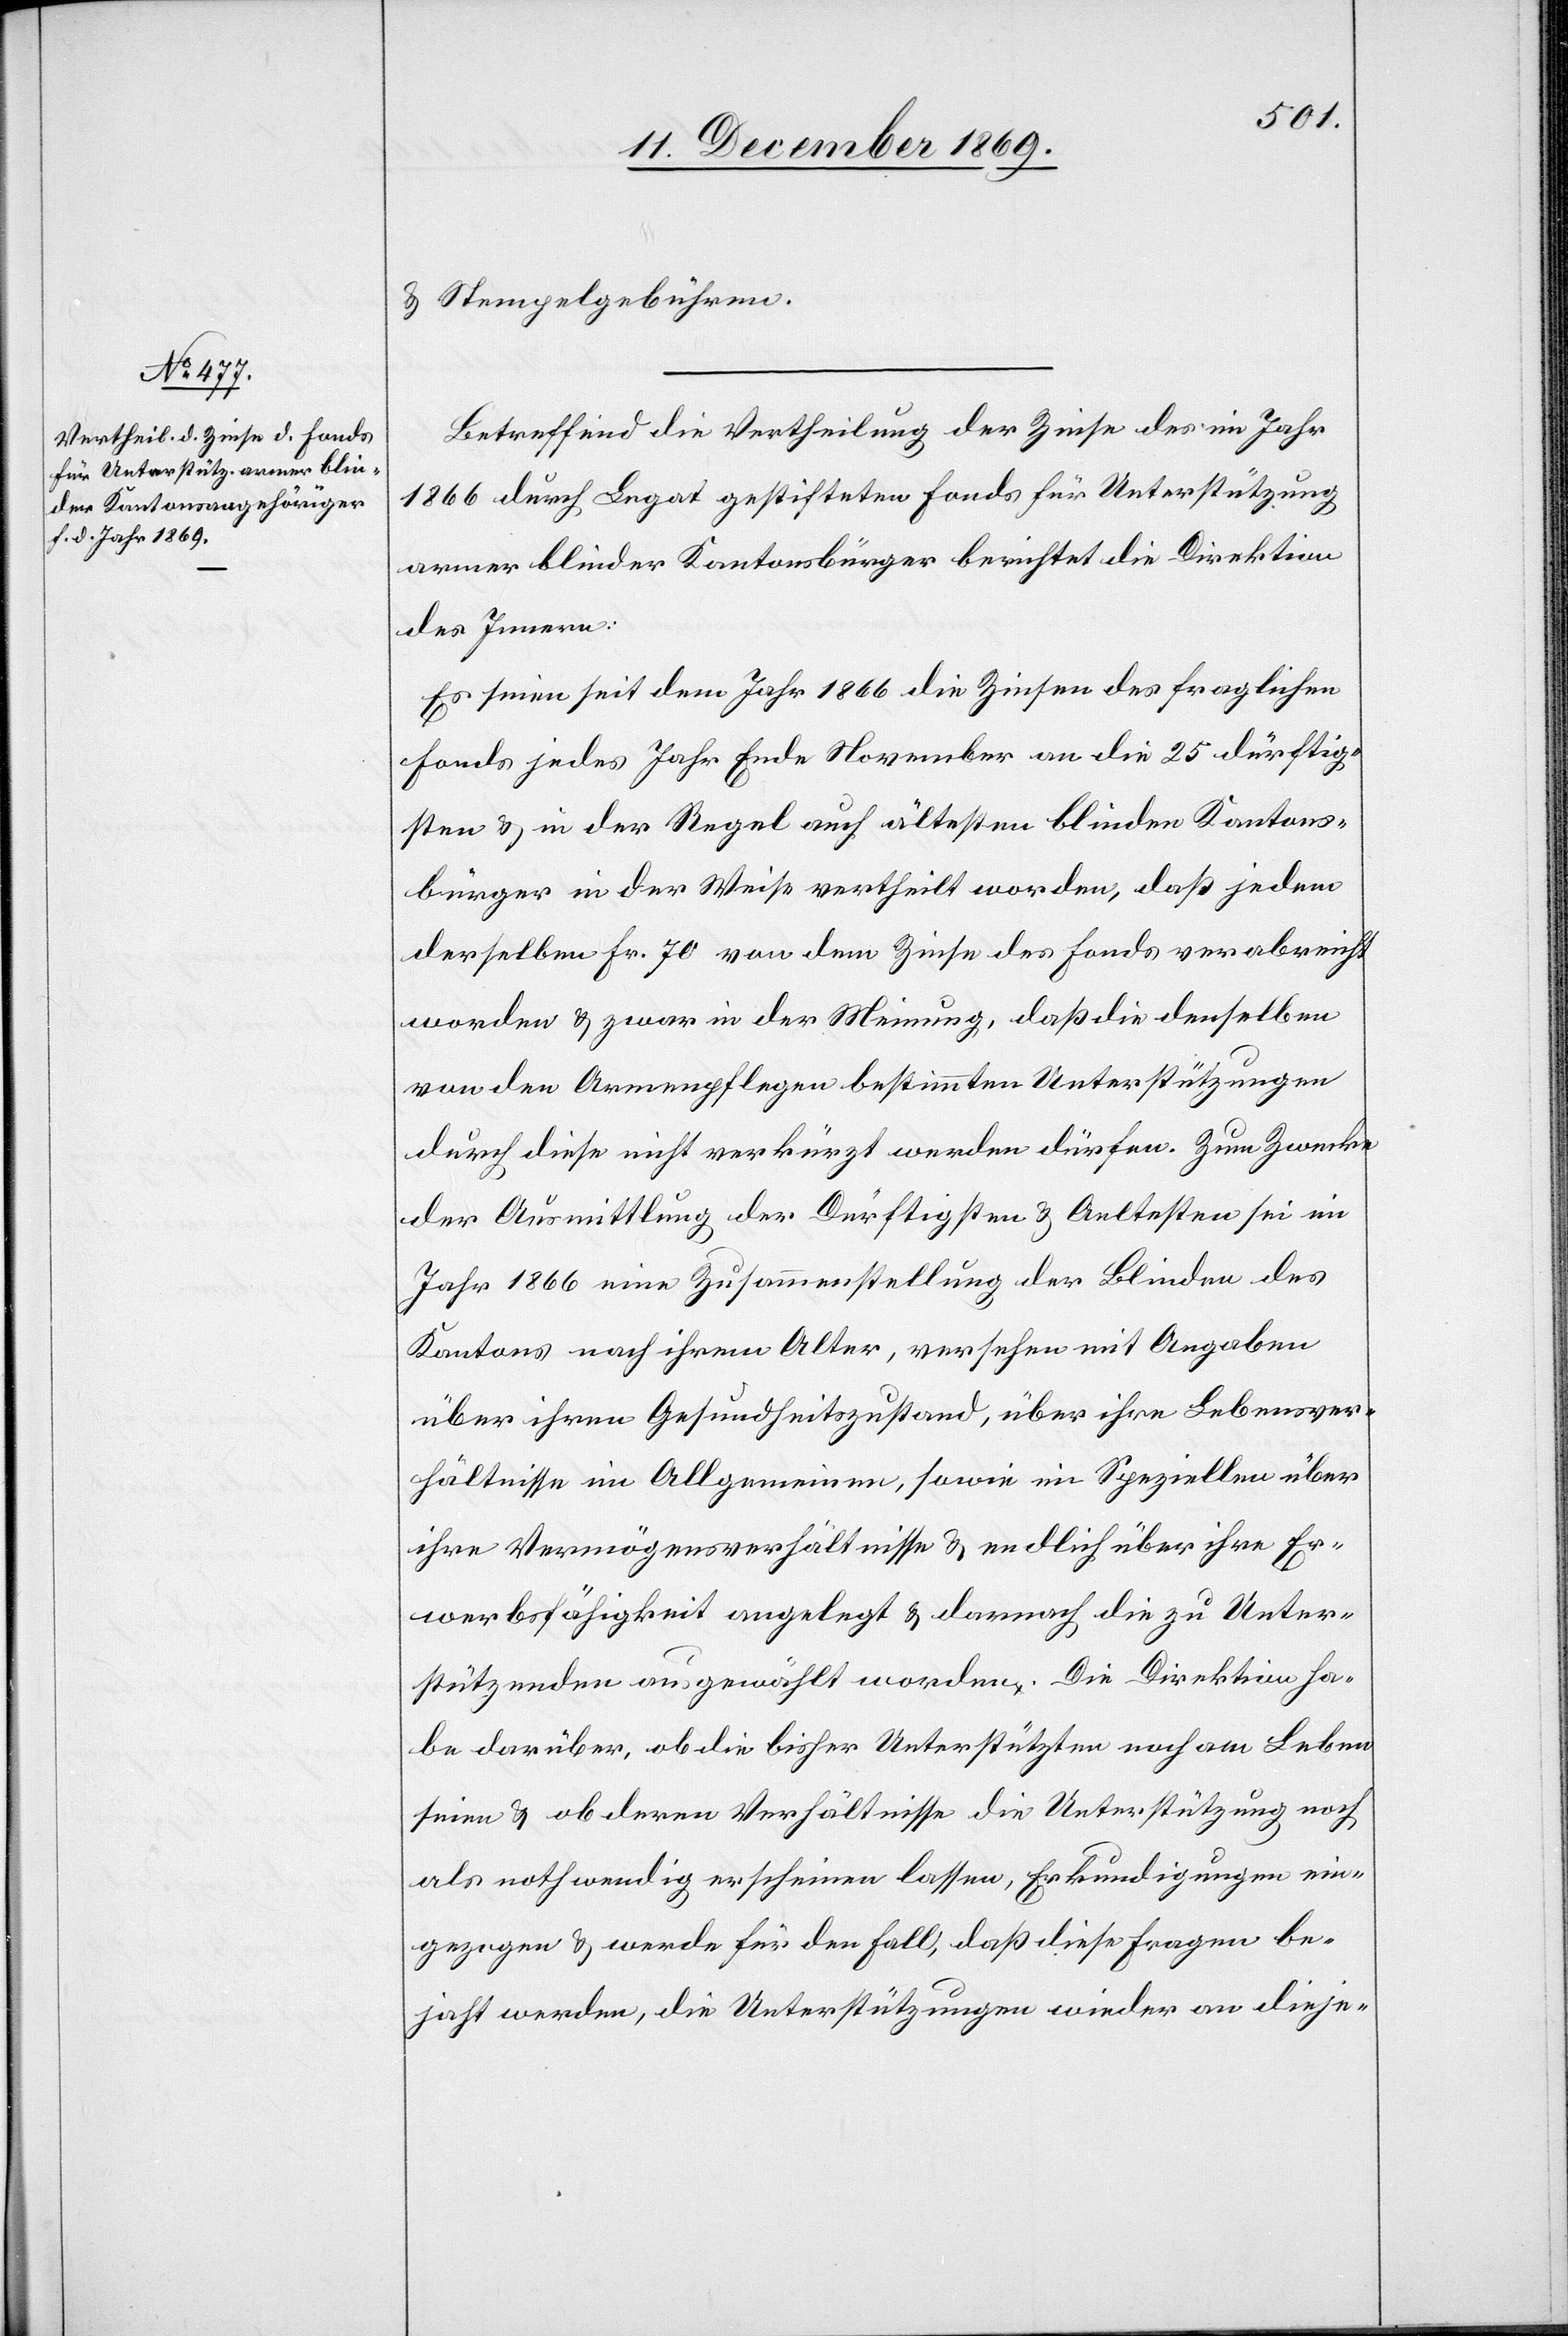
& Stempelgebühren.
Betreffend die Vertheilung der Zinse des im Jahr
1866 durch Legat gestifteten Fonds für Unterstützung
armer blinder Kantonsbürger berichtet die Direktion
des Innern:
Es seien seit dem Jahr 1866 die Zinsen des fraglichen
Fonds jedes Jahr Ende November an die 25 dürftig¬
sten & in der Regel auch ältesten blinden Kantons¬
bürger in der Weise vertheilt worden, daß jedem
derselben Fr. 70 von dem Zinse des Fonds verabreicht
worden & zwar in der Meinung, daß die denselben
von den Armenpflegen bestimmten Unterstützungen
durch diese nicht verkürzt werden dürfen. Zum Zwecke
der Ausmittlung der Dürftigsten & Aeltesten sei im
Jahr 1866 eine Zusammenstellung der Blinden des
Kantons nach ihrem Alter, versehen mit Angaben
über ihren Gesundheitszustand, über ihre Lebensver¬
hältnisse im Allgemeinen, sowie im Speziellen über
ihre Vermögensverhältnisse & endlich über ihre Er¬
werbsfähigkeit angelegt & darnach die zu Unter¬
stützenden ausgewählt worden. Die Direktion ha¬
be darüber, ob die bisher Unterstützten noch am Leben
seien & ob deren Verhältnisse die Unterstützung noch
als nothwendig erscheinen lassen, Erkundigungen ein¬
gezogen & werde für den Fall, daß diese Fragen be¬
jaht werden, die Unterstützungen wieder an dieje-